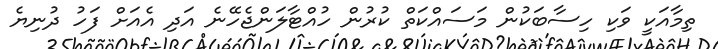
ތިމާއަކީ ވަކި ހިސާބަކުން މަސައްކަތް ކުރުން ހުއްޓާލަންޖެހޭނެ އަދި އެއަށް ފަހު ދުނިޔެ